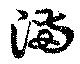
満